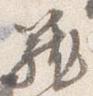
籠